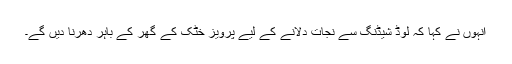
انہوں نے کہا کہ لوڈ شیڈنگ سے نجات دلانے کے لیے پرویز خٹک کے گھر کے باہر دھرنا دیں گے۔